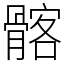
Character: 髂